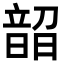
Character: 𬰼